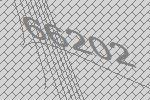
66202